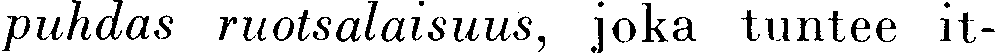
puhdas ruotsalaisuus, joka tuntee it-